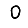
Digit: 0